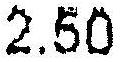
2.50